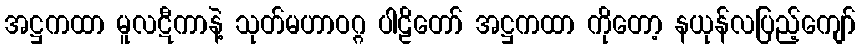
အဋ္ဌကထာ မူလဋီကာနဲ့ သုတ်မဟာဝဂ္ဂ ပါဠိတော် အဋ္ဌကထာ ကိုတော့ နယုန်လပြည့်ကျော်